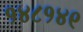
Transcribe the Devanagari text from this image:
१४८१४९